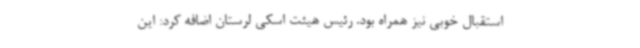
استقبال خوبی نیز همراه بود. رئیس هیئت اسکی لرستان اضافه کرد: این